Report of the Bombay Veterinary College
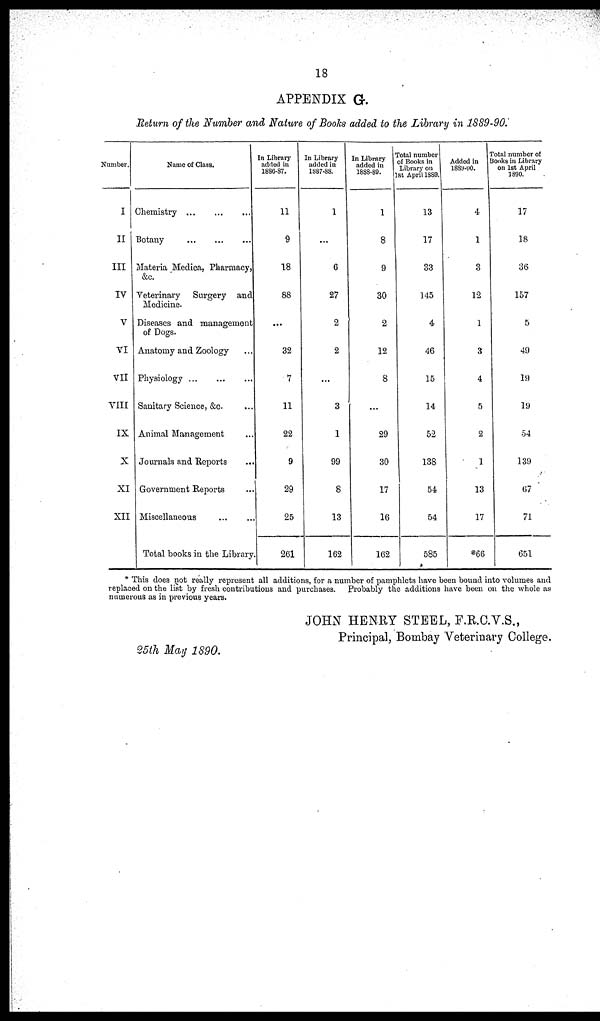
18
APPENDIX G.
Return of the Number and Nature of Books added to the Library in 1889-90.
Number.
I
II
III
IV
V
VI
VII
VIII
IX
X
XI
XII
Name of Class.
Chemistry...
...
Botany
...
...
Materia Medica, Pharmacy,
&c.
Veterinary Surgery and
Medicine.
Diseases and management
of Dogs.
Anatomy and Zoology
Physiology...
...
Sanitary Science, &c. ...
Animal Management ...
Journals and Reports ...
Government Reports ...
Miscellaneous
...
...
Total books in the Library.
In Library
added in
1886-87.
11
9
18
88
...
32
7
11
22
9
29
25
261
In Library
added in
1887-88.
1
...
6
27
2
2
...
3
1
99
8
13
162
In Library
added in
1888-89.
1
8
9
30
2
12
8
...
29
30
17
16
162
Total number
of Books in
Library on
1st April 1889.
13
17
33
145
4
46
15
14
52
138
54
54
585
Added in
1889-90.
4
1
3
12
1
3
4
5
2
1
13
17
*66
Total number of
Books in Library
on 1st April
1890.
17
18
36
157
5
49
19
19
54
139
67
71
651
* This does not really represent all additions, for a number of pamphlets have been bound into volumes and
replaced on the list by fresh contributions and purchases. Probably the additions have been on the whole as
numerous as in previous years.
JOHN HENRY STEEL, F.R.C.V.S.,
Principal, Bombay Veterinary College.
25th May 1890.